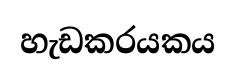
හැඩකරයකය